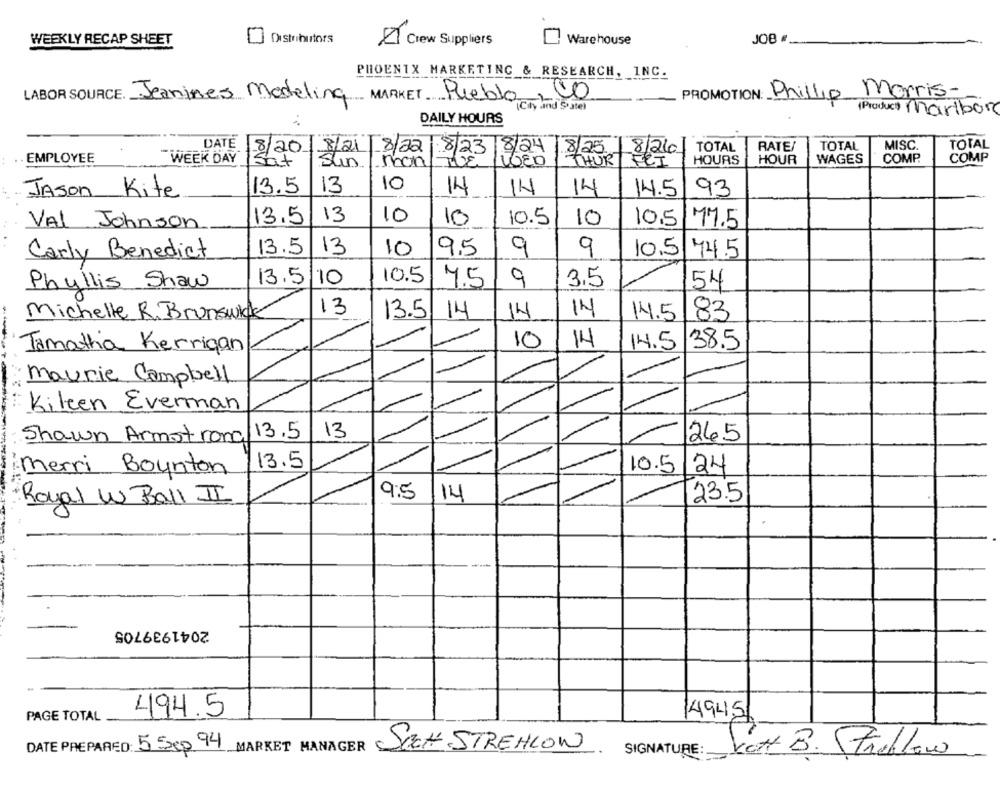
Distributors
Warehouse
JOB #
WEEKLY RECAP SHEET
Crew Suppliers
PHOENIX MARKETING & RESEARCH, INC.
00
Morris-
LABOR SOURCE. Jeanines Modeling MARKET Pueblo
PROMOTION: Phillip
Cily and Stitel
(Product) Maribor
DAILY HOURS
DATE
8/21 8/22
8/24
8/25/8/26 TOTAL
RATE/
TOTAL
MISC
TOTAL
WEEK DAY
8/20
8/23
COMP.
COMP
· EMPLOYEE
Sat
Sun/ mon
THUR
FRI
HOURS
HOUR
WAGES
13.5
13
10
14
14
Jason Kite
14
14.5/93
13.5
13
10
10
10.5
10
Val Johnson
10.5
177.5
Carly Benedict
13.5
13
10
9.5
9
9
10.5
74.5
Phyllis Shaw
13.5
110
10.5
4.5
9
3,5
54
Michelle R. Brunswick
13
13.5
14
14
14
14.5
83
10
14
14.5
38.5
Tamatha Kerrigan
Maurie Campbell
Kileen Everman
13.5
13
Shawn Armstrong
26.5
13.5
10.5
Merri Boynton
24
9:5
/14
23.5
Royal W Ball II
2041939705
494.5
PAGE TOTAL
494.5
DATE PREPARED: 5 Sep 44 MARKET MANAGER
SCH STREHLOW
SIGNATURE:
SCHt. B. Streblow